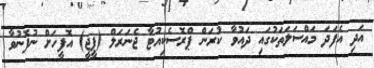
އަދި އެފަދަ މައްސަލަތަކުގައި ދައުވާ ކުރަން ޕްރޮސެކިއުޓާ ޖެނަރަލް (ޕީޖީ) އޮފީހަށް ނުފޮނުވާ